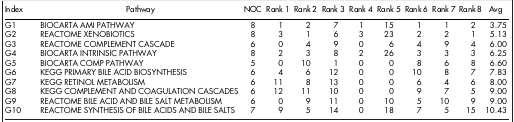
<table><thead><tr><td><b>Index</b></td><td><b>Pathway</b></td><td><b>NOC</b></td><td><b>Rank 1</b></td><td><b>Rank 2</b></td><td><b>Rank 3</b></td><td><b>Rank 4</b></td><td><b>Rank 5</b></td><td><b>Rank 6</b></td><td><b>Rank 7</b></td><td><b>Rank 8</b></td><td><b>Avg</b></td></tr></thead><tbody><tr><td>G1</td><td>BIOCARTA AMI PATHWAY</td><td>8</td><td>1</td><td>2</td><td>7</td><td>1</td><td>15</td><td>1</td><td>1</td><td>2</td><td>3.75</td></tr><tr><td>G2</td><td>REACTOME XENOBIOTICS</td><td>8</td><td>3</td><td>1</td><td>6</td><td>3</td><td>23</td><td>2</td><td>2</td><td>1</td><td>5.13</td></tr><tr><td>G3</td><td>REACTOME COMPLEMENT CASCADE</td><td>6</td><td>0</td><td>4</td><td>9</td><td>0</td><td>6</td><td>4</td><td>9</td><td>4</td><td>6.00</td></tr><tr><td>G4</td><td>BIOCARTA INTRINSIC PATHWAY</td><td>8</td><td>2</td><td>3</td><td>8</td><td>2</td><td>26</td><td>3</td><td>3</td><td>3</td><td>6.25</td></tr><tr><td>G5</td><td>BIOCARTA COMP PATHWAY</td><td>5</td><td>0</td><td>10</td><td>1</td><td>0</td><td>0</td><td>8</td><td>6</td><td>8</td><td>6.60</td></tr><tr><td>G6</td><td>KEGG PRIMARY BILE ACID BIOSYNTHESIS</td><td>6</td><td>4</td><td>6</td><td>12</td><td>0</td><td>0</td><td>10</td><td>8</td><td>7</td><td>7.83</td></tr><tr><td>G7</td><td>KEGG RETINOL METABOLISM</td><td>6</td><td>11</td><td>8</td><td>13</td><td>0</td><td>0</td><td>6</td><td>4</td><td>6</td><td>8.00</td></tr><tr><td>G8</td><td>KEGG COMPLEMENT AND COAGULATION CASCADES</td><td>6</td><td>12</td><td>11</td><td>10</td><td>0</td><td>0</td><td>9</td><td>7</td><td>5</td><td>9.00</td></tr><tr><td>G9</td><td>REACTOME BILE ACID AND BILE SALT METABOLISM</td><td>6</td><td>0</td><td>9</td><td>11</td><td>0</td><td>10</td><td>5</td><td>10</td><td>9</td><td>9.00</td></tr><tr><td>G10</td><td>REACTOME SYNTHESIS OF BILE ACIDS AND BILE SALTS</td><td>7</td><td>9</td><td>5</td><td>14</td><td>0</td><td>18</td><td>7</td><td>5</td><td>15</td><td>10.43</td></tr></tbody></table>